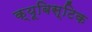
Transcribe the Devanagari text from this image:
क्यूबिस्टिक